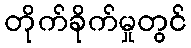
တိုက်ခိုက်မှုတွင်